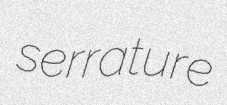
serrature